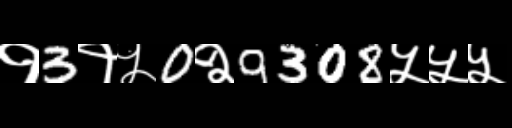
Text: १3१५0२9308५५५